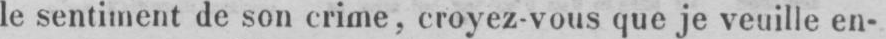
le sentiment de son crime, croyez-vous que je veuille en-